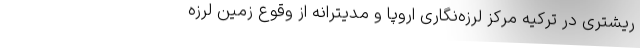
ریشتری در ترکیه مرکز لرزه‌نگاری اروپا و مدیترانه از وقوع زمین لرزه